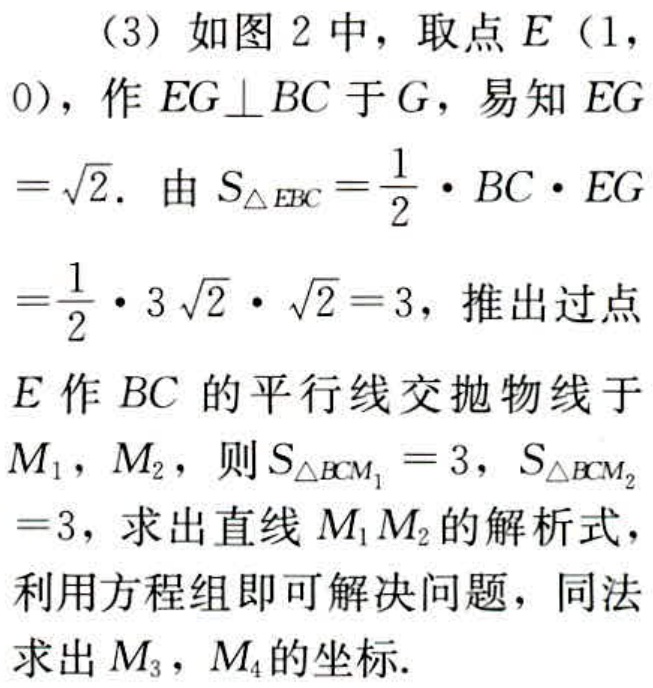
（3）如图 2 中，取点 \(E(1,0)\)，作 \(EG\perp BC\) 于 \(G\)，易知 \(EG = \sqrt{2}\). 由 \(S_{\triangle EBC}=\frac{1}{2}\cdot BC\cdot EG=\frac{1}{2}\cdot 3\sqrt{2}\cdot\sqrt{2}=3\)，推出过点 \(E\) 作 \(BC\) 的平行线交抛物线于 \(M_1\)，\(M_2\)，则 \(S_{\triangle BCM_1}=3\)，\(S_{\triangle BCM_2}=3\)，求出直线 \(M_1M_2\) 的解析式，利用方程组即可解决问题，同法求出 \(M_3\)，\(M_4\) 的坐标.